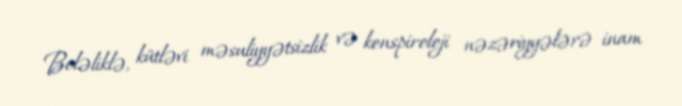
Beləliklə, kütləvi məsuliyyətsizlik və konspiroloji nəzəriyyələrə inam